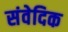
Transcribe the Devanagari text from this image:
संवेदिक